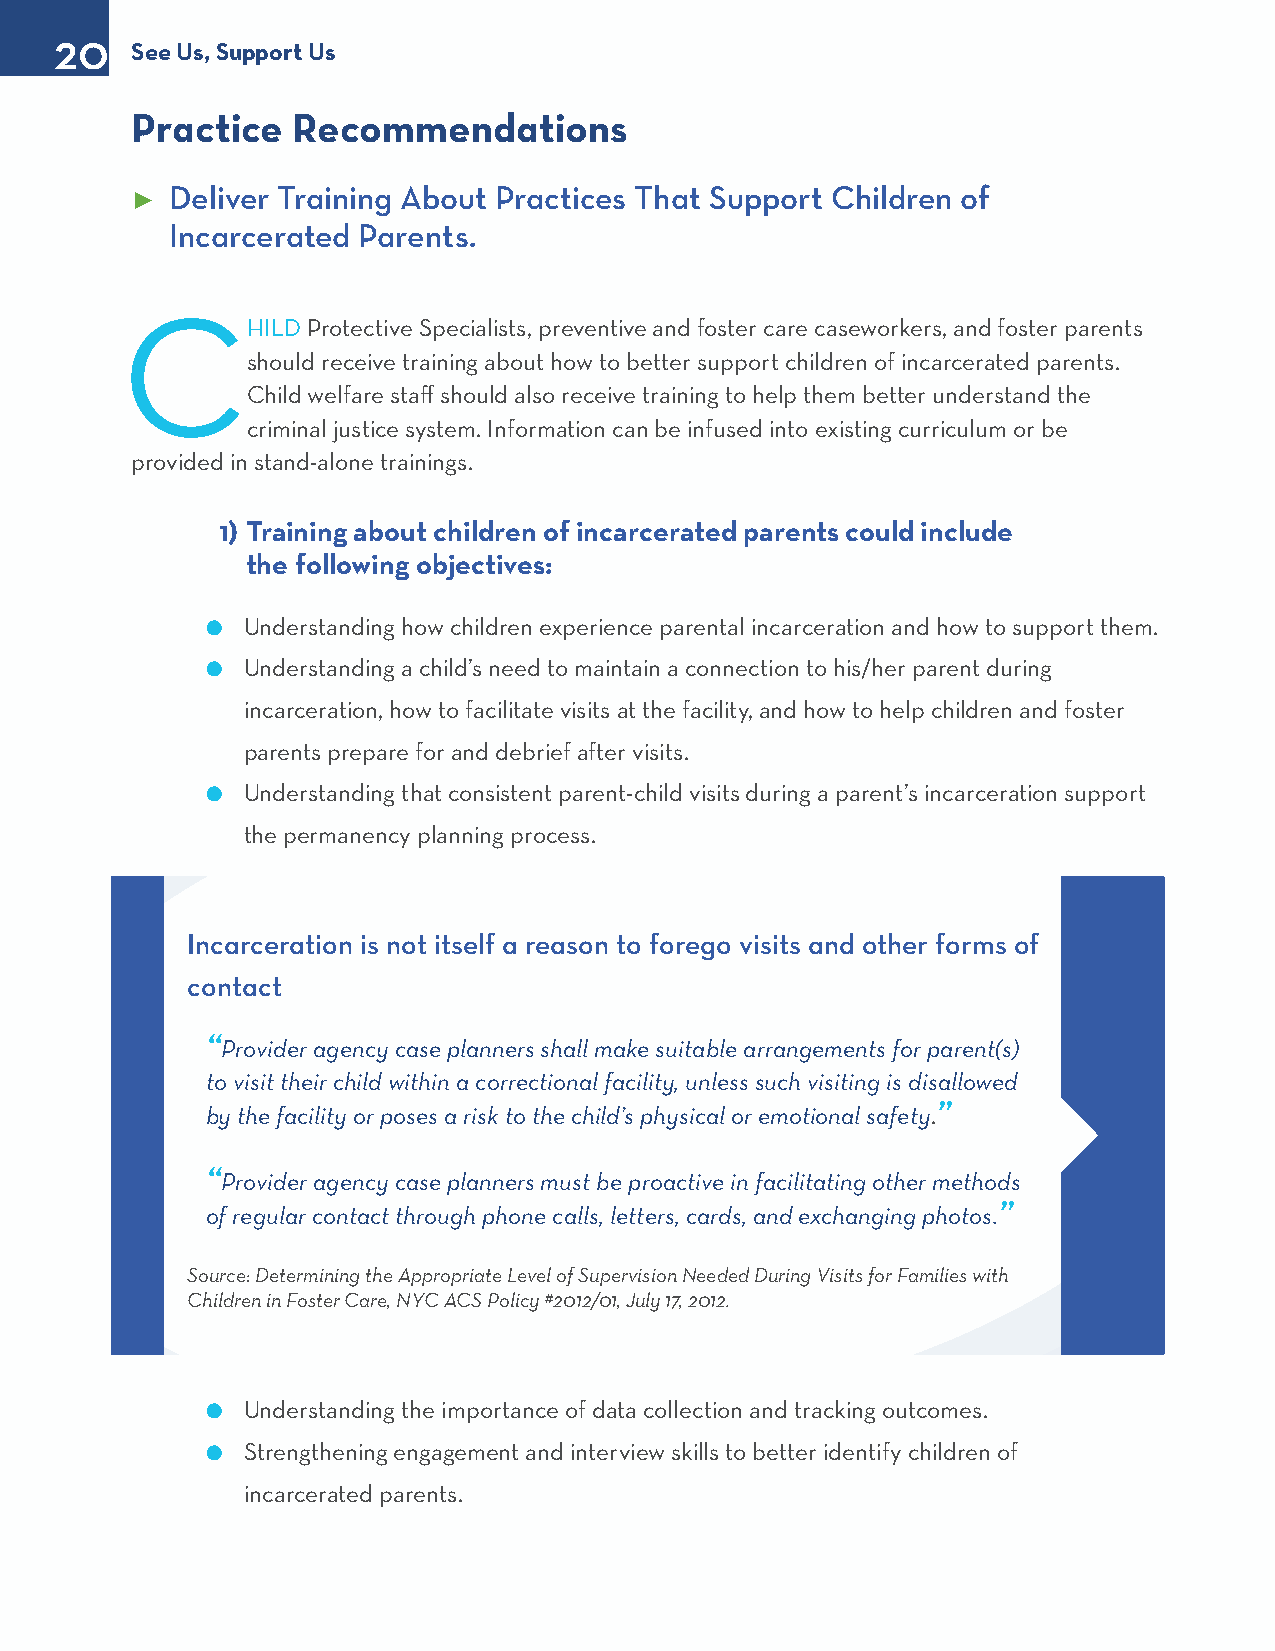
20
 See Us, Support Us
 Practice  Recommendations
 Deliver Training About Practices That Support Children of
 ►
 Incarcerated Parents.
 C
 HILD Protective Specialists, preventive and foster care caseworkers, and foster parents
 should receive training about how to better support children of incarcerated parents.
 Child welfare staff should also receive training to help them better understand the
 criminal justice system. Information can be infused into existing curriculum or be
 provided in stand-alone trainings.
 1) Training about children of incarcerated parents could include
 the following objectives:
 l Understanding how children experience parental incarceration and how to support them.
 l Understanding a child’s need to maintain a connection to his/her parent during
 incarceration, how to facilitate visits at the facility, and how to help children and foster
 parents prepare for and debrief after visits.
 l Understanding that consistent parent-child visits during a parent’s incarceration support
 the permanency planning process.
 Incarceration is not itself a reason to forego visits and other forms of
 contact
 “Provider agency case planners shall make suitable arrangements for parent(s)
 to visit their child within a correctional facility, unless such visiting is disallowed
 by the facility or poses a risk to the child’s physical or emotional safety.”
 “Provider agency case planners must be proactive in facilitating other methods
 of regular contact through phone calls, letters, cards, and exchanging photos.”
 Source: Determining the Appropriate Level of Supervision Needed During Visits for Families with
 Children in Foster Care, NYC ACS Policy #2012/01, July 17, 2012.
 l Understanding the importance of data collection and tracking outcomes.
 l Strengthening engagement and interview skills to better identify children of
 incarcerated parents.